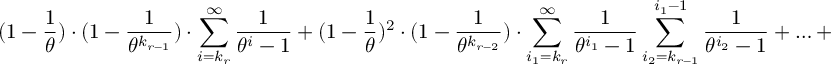
( 1 - \frac { 1 } { \theta } ) \cdot ( 1 - \frac { 1 } { \theta ^ { k _ { r - 1 } } } ) \cdot \sum _ { i = k _ { r } } ^ { \infty } \frac { 1 } { \theta ^ { i } - 1 } + ( 1 - \frac { 1 } { \theta } ) ^ { 2 } \cdot ( 1 - \frac { 1 } { \theta ^ { k _ { r - 2 } } } ) \cdot \sum _ { i _ { 1 } = k _ { r } } ^ { \infty } \frac { 1 } { \theta ^ { i _ { 1 } } - 1 } \sum _ { i _ { 2 } = k _ { r - 1 } } ^ { i _ { 1 } - 1 } \frac { 1 } { \theta ^ { i _ { 2 } } - 1 } + \ldots +